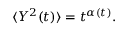
\langle Y ^ { 2 } ( t ) \rangle = t ^ { \alpha ( t ) } .